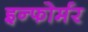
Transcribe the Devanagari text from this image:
इन्फोर्मर